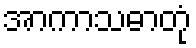
အာကာသဓာတုံ